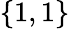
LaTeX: \{ 1,1\}